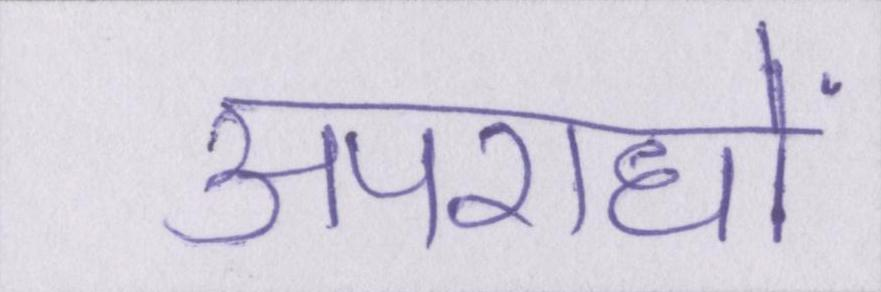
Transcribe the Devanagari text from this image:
अपराधों